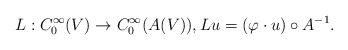
LaTeX: \begin{align*}L:C^{\infty}_0(V)\to C^{\infty}_0(A(V)),Lu=(\varphi\cdot u)\circ A^{-1}.\end{align*}